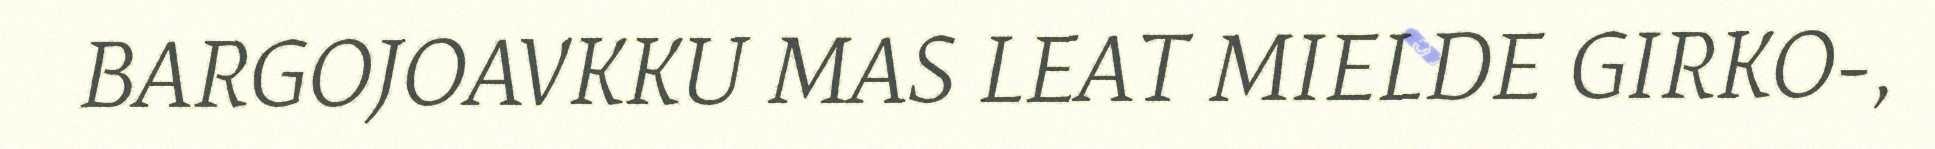
BARGOJOAVKKU MAS LEAT MIELDE GIRKO-,